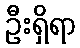
ဦးရှိရာ